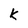
Character: k